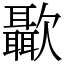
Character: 㱌